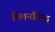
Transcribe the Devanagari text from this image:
मिलनविन्दु